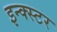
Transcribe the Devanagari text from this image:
इन्क्स्टर